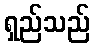
ရှည်သည်